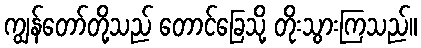
ကျွန်တော်တို့သည် တောင်ခြေသို့ တိုးသွားကြသည်။